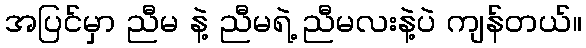
အပြင်မှာ ညီမ နဲ့ ညီမရဲ့ ညီမလးနဲ့ပဲ ကျန်တယ်။